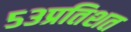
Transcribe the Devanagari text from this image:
५३प्रतिशत